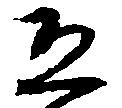
恐